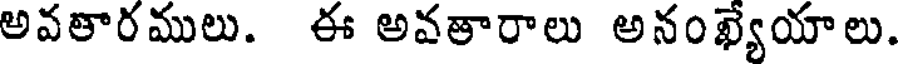
అవతారములు. ఈ అవతారాలు అనంఖ్యేయాలు.